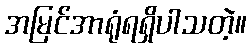
အမြင်အာရုံရရှိပါသတဲ့။